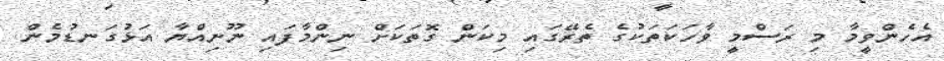
އެހެންވީމާ މި ރަސްމީ ވާހަކަތަކުގެ ތެރޭގައި މިކަން ގޮތަކަށް ނިންމާފައި ނޫނިއްޔާ އަޅުގަނޑުމެން